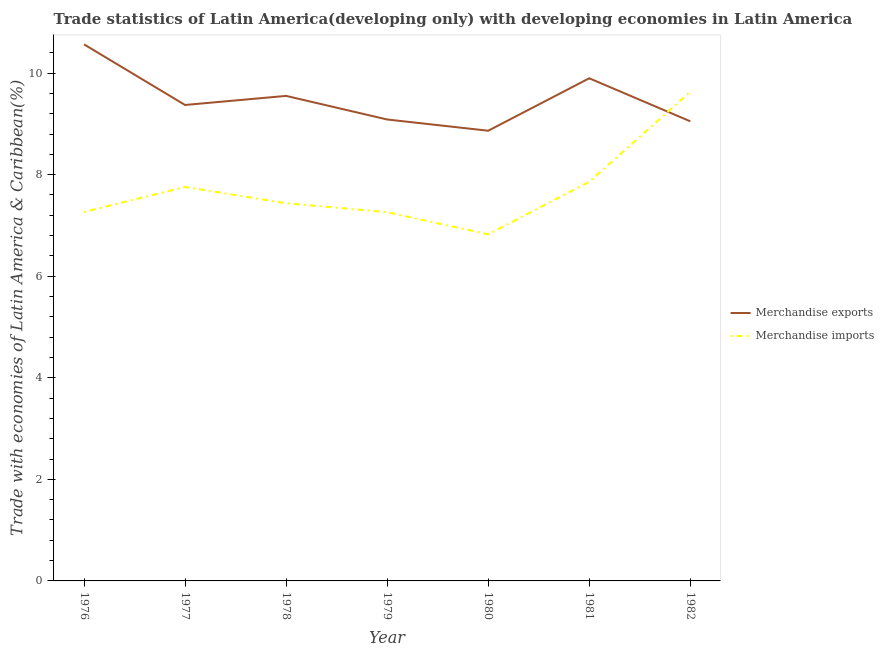
| Year | Merchandise exports | Merchandise imports |
 | --- | --- | --- |
 | 1976 | 10.6 | 7.27 |
 | 1977 | 9.37 | 7.76 |
 | 1978 | 9.55 | 7.44 |
 | 1979 | 9.09 | 7.26 |
 | 1980 | 8.86 | 6.82 |
 | 1981 | 9.9 | 7.86 |
 | 1982 | 9.05 | 9.63 |